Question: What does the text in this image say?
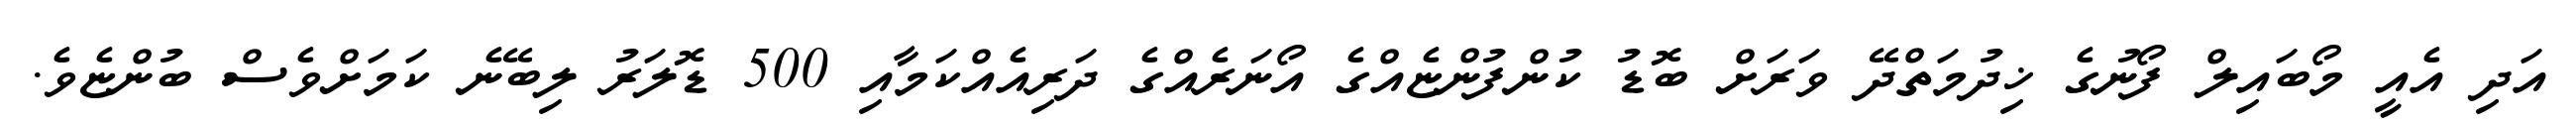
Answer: އަދި އެއީ މޯބައިލް ފޯނުގެ ޚިދުމަތްދޭ ވަރަށް ބޮޑު ކުންފުންޏެއްގެ އޯނަރެއްގެ ދަރިއެއްކަމާއި 500 ޑޮލަރު ލިބޭނެ ކަމަށްވެސް ބުންޏެވެ.